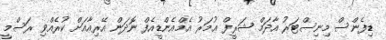
ޑިފެންސް މިނިސްޓަރު އާދަމް ޝަރީފް ޢުމަރު އެމްއެންޑީއެފް ނޮދަން އޭރިއާއަށް ކުރެއްވި ރަސްމީ